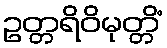
ဥတ္တရိဝိမုတ္တိံ